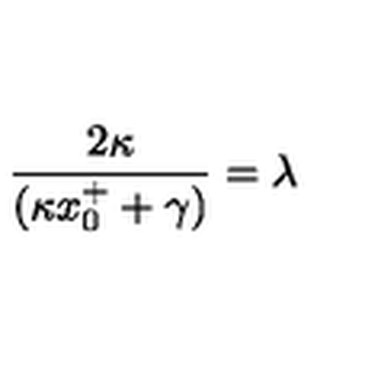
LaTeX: { \frac { 2 \kappa } { ( \kappa x _ { 0 } ^ { + } + \gamma ) } } = \lambda